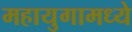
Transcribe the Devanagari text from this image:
महायुगामध्ये